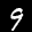
Label: 9